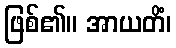
ဖြစ်၏။ အာယတိံ၊